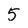
Character: 5